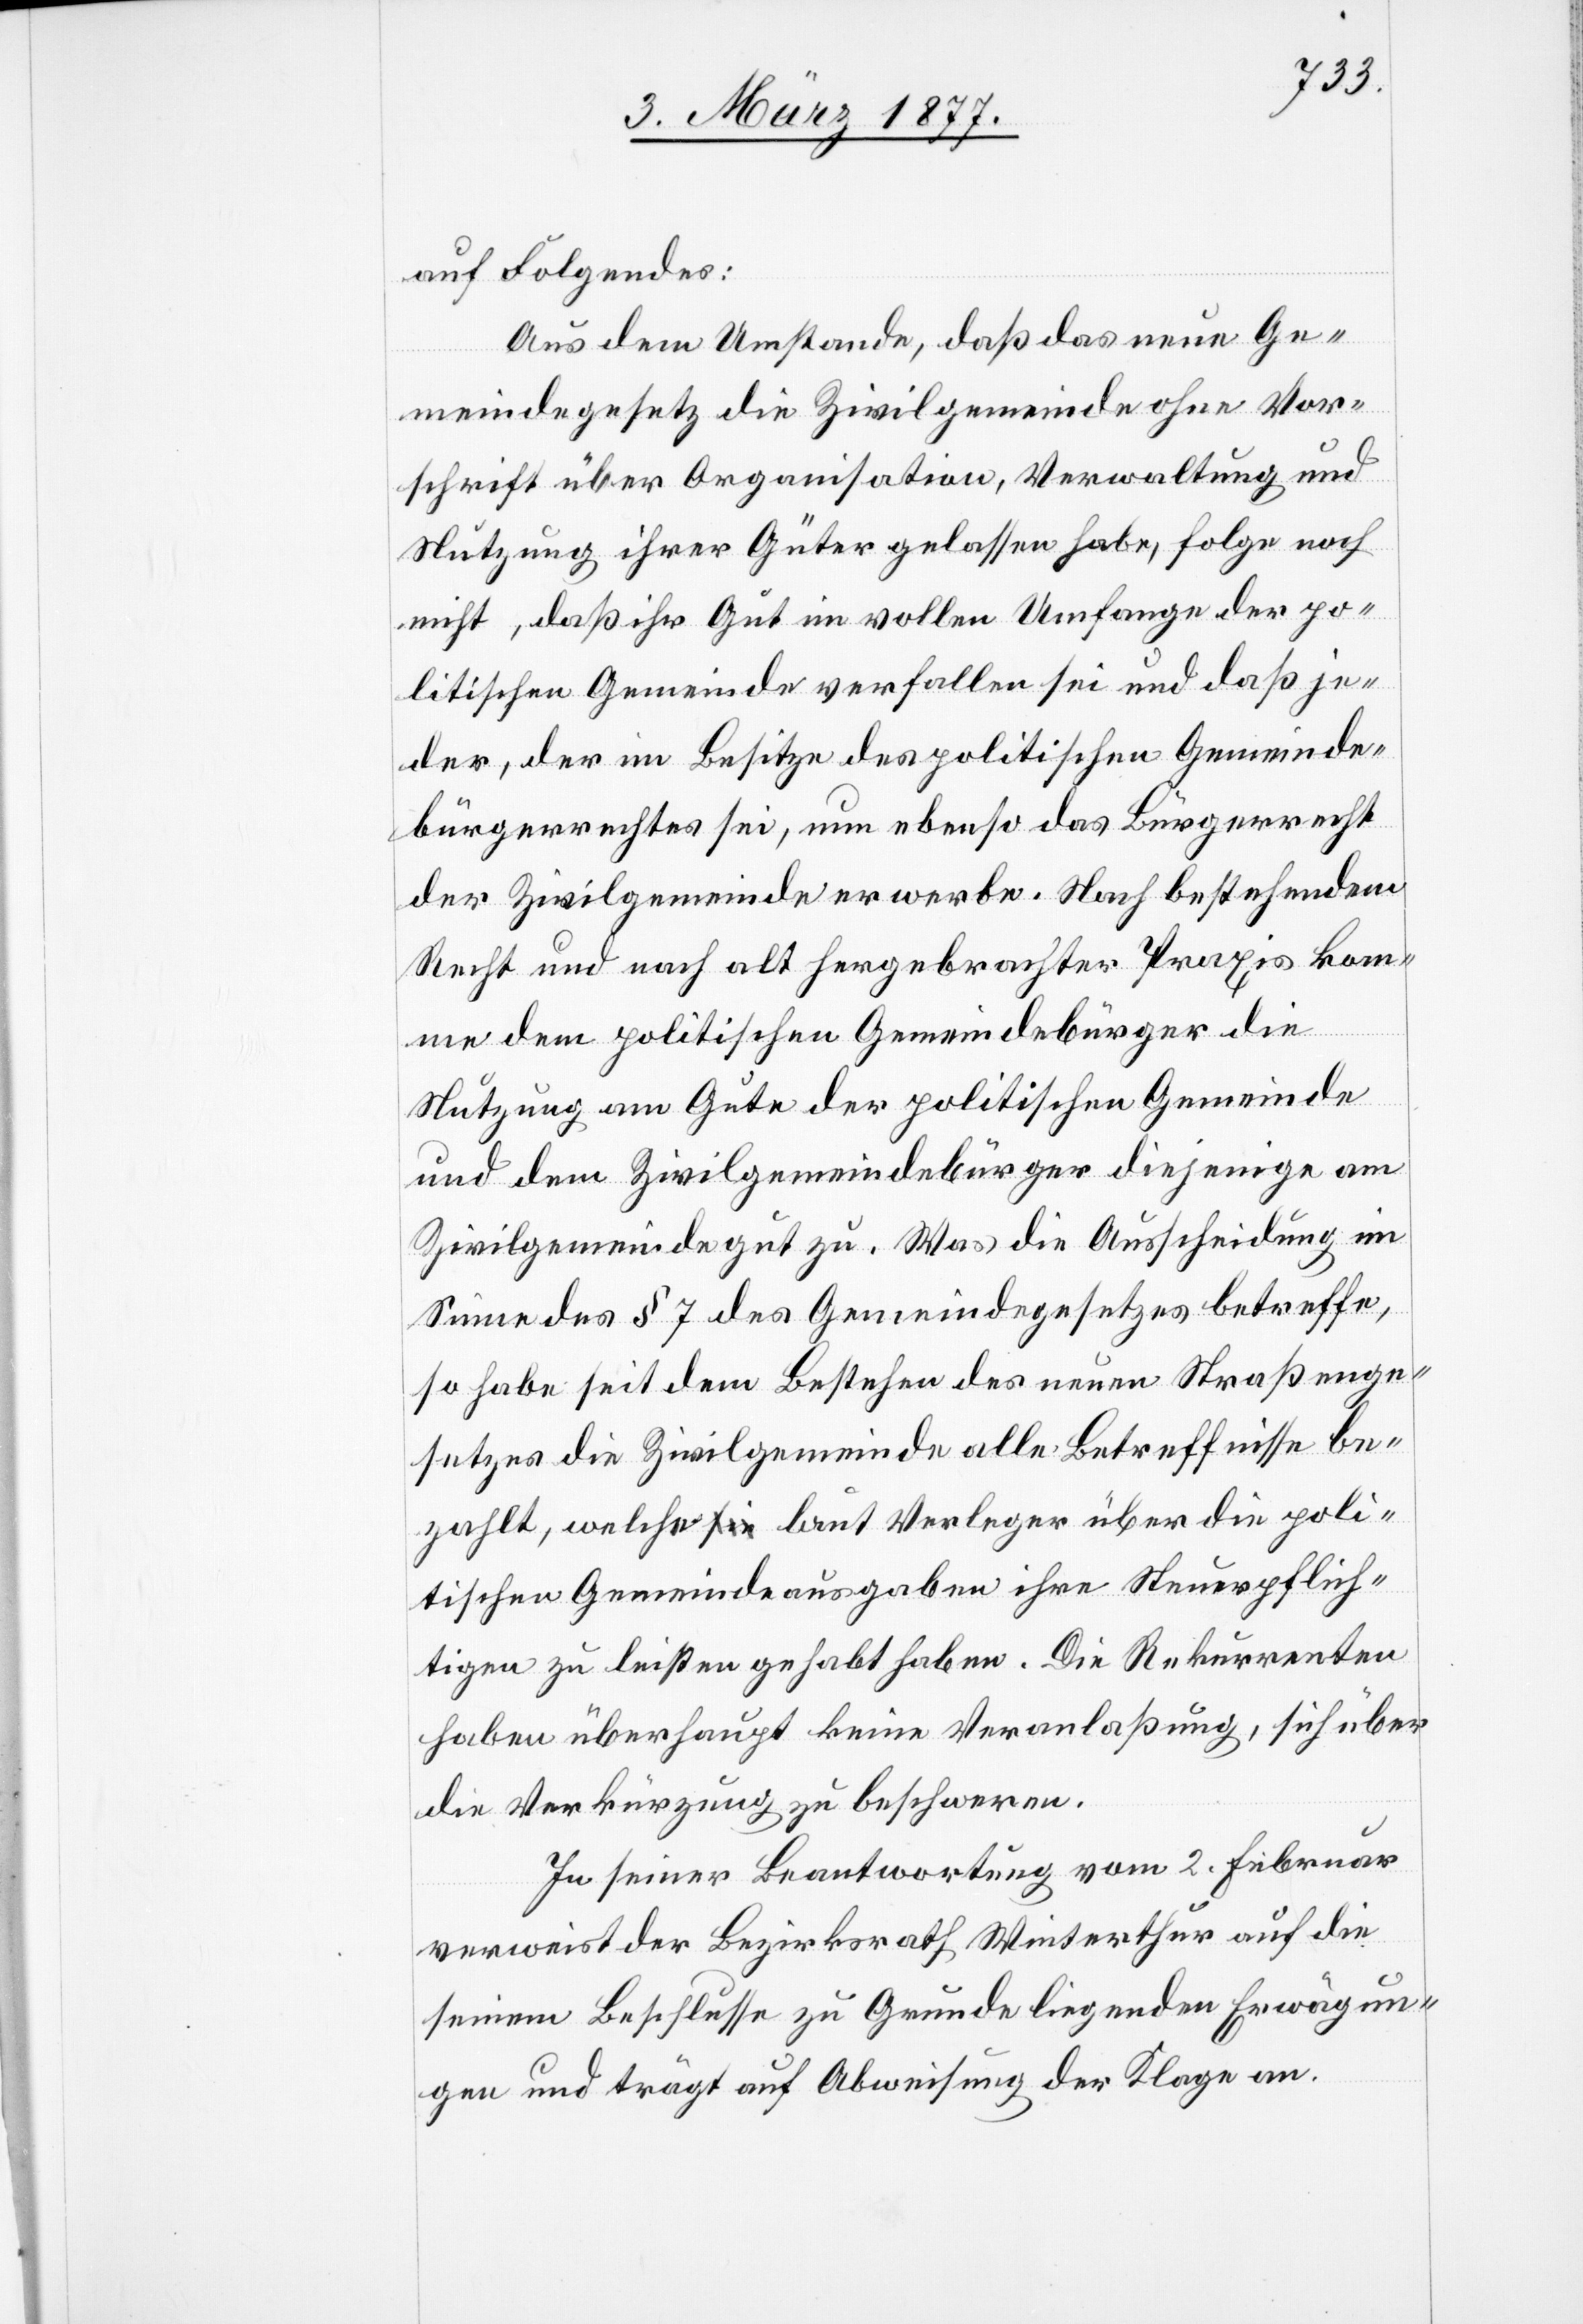
auf Folgendes:
Aus dem Umstande, daß das neue Ge¬
meindegesetz die Zivilgemeinde ohne Vor¬
schrift über Organisation, Verwaltung und
Nutzung ihrer Güter gelassen habe, folge noch
nicht, daß ihr Gut im vollen Umfange der po¬
litischen Gemeinde verfallen sei und daß je¬
der, der im Besitze des politischen Gemeinde¬
bürgerrechtes sei, nun ebenso das Bürgerrecht
der Zivilgemeinde erwerbe. Nach bestehendem
Recht und nach alt hergebrachter Praxis kom¬
me dem politischen Gemeindebürger die
Nutzung am Gute der politischen Gemeinde
und dem Zivilgemeindebürger diejenige am
Zivilgemeindegut zu. Was die Ausscheidung im
Sinne des § 7 des Gemeindegesetzes betreffe,
so habe seit dem Bestehen des neuen Straßenge¬
setzes die Zivilgemeinde alle Betreffnisse be¬
zahlt, welche laut Verleger über die poli¬
tischen Gemeindeausgabe ihre Steuerpflich¬
tigen zu leisten gehabt haben. Die Rekurrenten
haben überhaupt keine Veranlaßung, sich über
die Verkürzung zu beschweren.
In seiner Beantwortung vom 2. Februar
verweist der Bezirksrath Winterthur auf die
seinem Beschlusse zu Grunde liegenden Erwägun¬
gen und trägt auf Abweisung der Klage an.